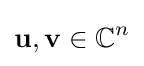
\mathbf {u} ,\mathbf {v} \in \mathbb {C} ^{n}